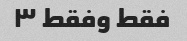
فقط وفقط ۳